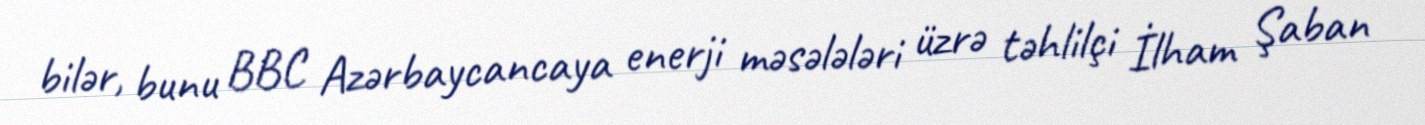
bilər, bunu BBC Azərbaycancaya enerji məsələləri üzrə təhlilçi İlham Şaban